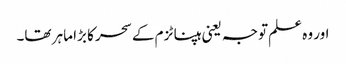
اور وہ علم توجہ یعنی ہپناٹزم کے سحر کا بڑا ماہر تھا۔